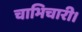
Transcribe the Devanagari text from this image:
चाभिचारी।